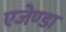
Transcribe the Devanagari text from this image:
एजेण्‍डा